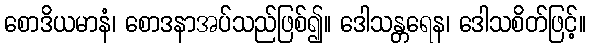
စောဒိယမာနံ၊ စောဒနာအပ်သည်ဖြစ်၍။ ဒေါသန္တရေန၊ ဒေါသစိတ်ဖြင့်။